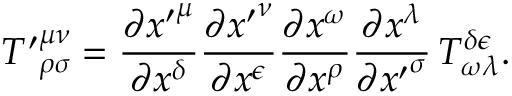
{ T ^ { \prime } } _ { \rho \sigma } ^ { \mu \nu } = \frac { \partial { x ^ { \prime } } ^ { \mu } } { \partial x ^ { \delta } } \frac { \partial { x ^ { \prime } } ^ { \nu } } { \partial x ^ { \epsilon } } \frac { \partial x ^ { \omega } } { \partial x ^ { \rho } } \frac { \partial x ^ { \lambda } } { \partial { x ^ { \prime } } ^ { \sigma } } \, T _ { \omega \lambda } ^ { \delta \epsilon } .